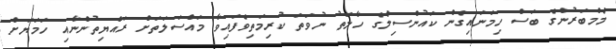
މެމްބަރުންގެ ބަސް ހިމަނައިގެން ކައުންސިލްގެ ހާލަތު ނުވަތަ ކުރިމަތިވެފައިވާ މައްސަލަތަށް ރައްޔިތުންނާއި ހަމަޔަށް